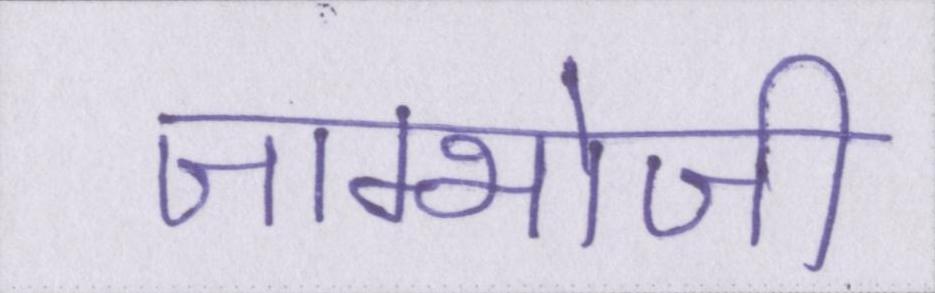
जाम्भोजी